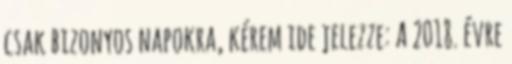
csak bizonyos napokra, kérem ide jelezze: A 2018. évre